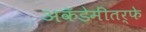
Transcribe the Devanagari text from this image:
अकॅडेमींतर्फे